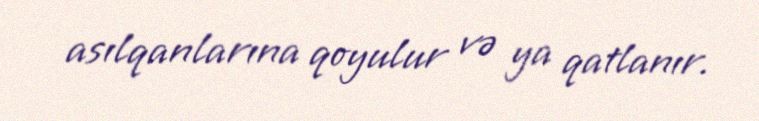
asılqanlarına qoyulur və ya qatlanır.